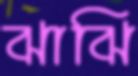
ঝাঝি